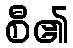
စီ၏